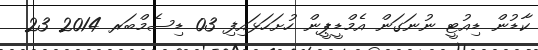
ކާޑުން ޑިއުޓީ ނުނަގަން އެމްޑީޕީން ހުށަހަޅައިފި 03 ޑިސެމްބަރ 2014 23